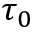
\tau _ { 0 }